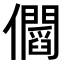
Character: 𠑑